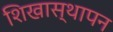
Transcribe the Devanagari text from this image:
शिखास्थापन